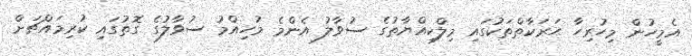
އެމީހުން މިހުރިހާ ޙަރަކާތްތަކުގައި މިލްކިއްޔާތުގެ ސުވާލު އެންމެ މުހިއްމު ސުވާލުގެ ގޮތުގައި ކުރިމައްޗަށް